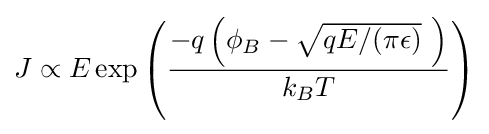
J\propto E\exp \left({\frac {-q\left(\phi _{B}-{\sqrt {qE/(\pi \epsilon )}}\ \right)}{k_{B}T}}\right)